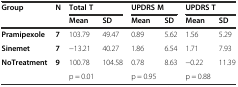
<table><thead><tr><td><b>Group</b></td><td rowspan="2"><b>N</b></td><td colspan="2"><b>Total T</b></td><td colspan="2"><b>UPDRS M</b></td><td colspan="2"><b>UPDRS T</b></td></tr><tr><td></td><td><b>Mean</b></td><td><b>SD</b></td><td><b>Mean</b></td><td><b>SD</b></td><td><b>Mean</b></td><td><b>SD</b></td></tr></thead><tbody><tr><td><b>Pramipexole</b></td><td><b>7</b></td><td>103.79</td><td>49.47</td><td>0.89</td><td>5.62</td><td>1.56</td><td>5.29</td></tr><tr><td><b>Sinemet</b></td><td><b>7</b></td><td>−13.21</td><td>40.27</td><td>1.86</td><td>6.54</td><td>1.71</td><td>7.93</td></tr><tr><td><b>NoTreatment</b></td><td><b>9</b></td><td>100.78</td><td>104.58</td><td>0.78</td><td>8.63</td><td>−0.22</td><td>11.39</td></tr><tr><td></td><td></td><td>p = 0.01</td><td></td><td>p = 0.95</td><td></td><td>p = 0.88</td><td></td></tr></tbody></table>